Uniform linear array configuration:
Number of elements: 4
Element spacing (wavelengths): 0.5
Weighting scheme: uniform
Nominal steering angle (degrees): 30
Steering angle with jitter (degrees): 31.686
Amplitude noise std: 0.05
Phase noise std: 0.05

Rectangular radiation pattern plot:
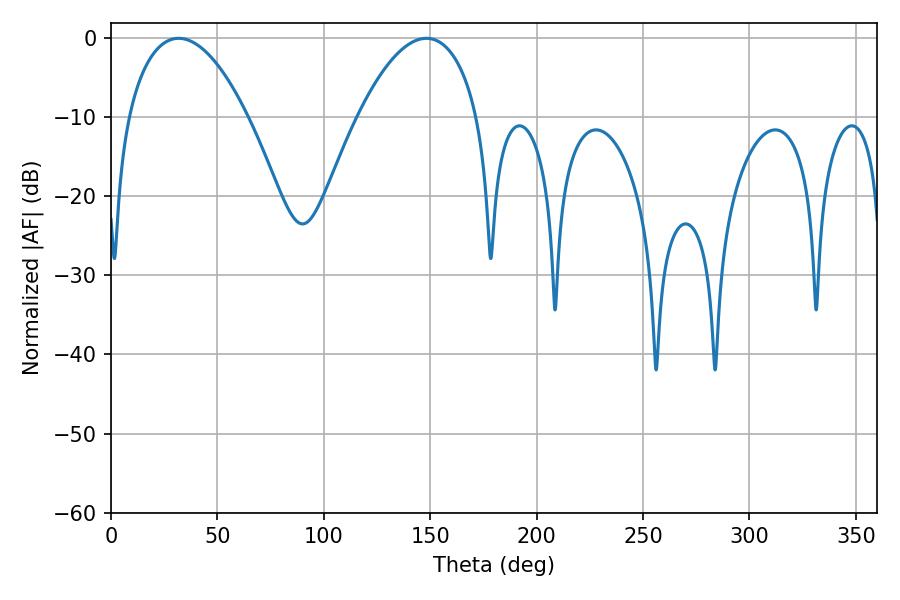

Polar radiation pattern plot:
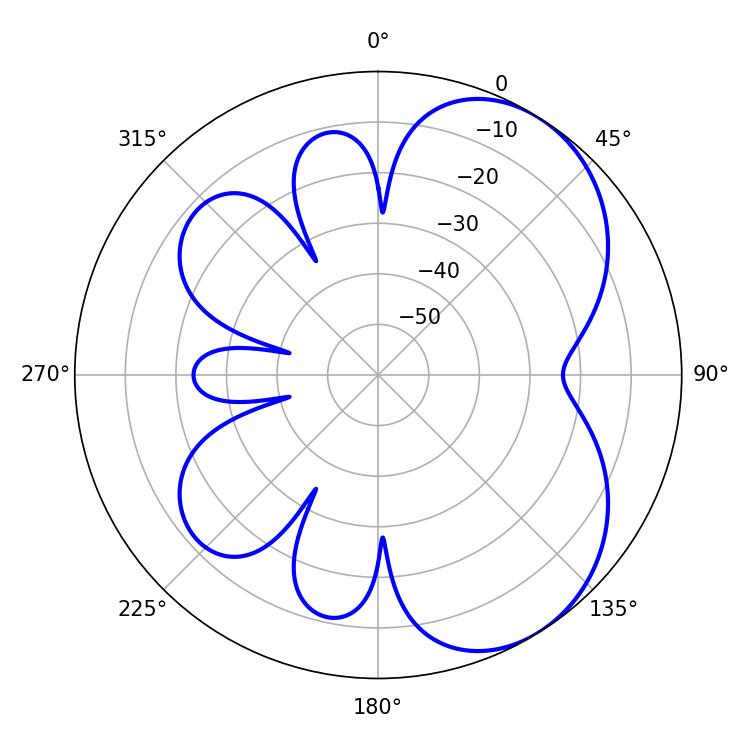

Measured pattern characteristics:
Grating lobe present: FALSE
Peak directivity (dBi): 5.271
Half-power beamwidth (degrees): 31.5
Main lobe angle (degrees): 31.86